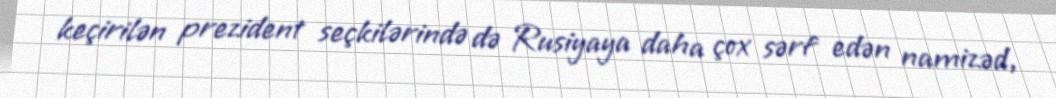
keçirilən prezident seçkilərində də Rusiyaya daha çox sərf edən namizəd,